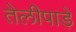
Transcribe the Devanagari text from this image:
तेलीपाड़े